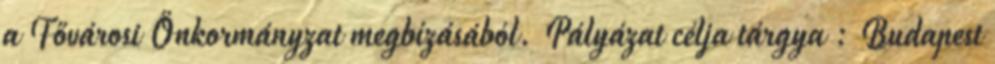
a Fővárosi Önkormányzat megbízásából. Pályázat célja tárgya : Budapest